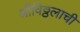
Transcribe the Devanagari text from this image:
श्रीविठ्ठलाची